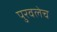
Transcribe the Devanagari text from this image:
पुरवलेच